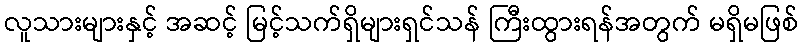
လူသားများနှင့် အဆင့် မြင့်သက်ရှိများရှင်သန် ကြီးထွားရန်အတွက် မရှိမဖြစ်